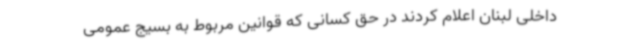
داخلی لبنان اعلام کردند در حق کسانی که قوانین مربوط به بسیج عمومی